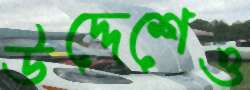
উদ্দেশেও